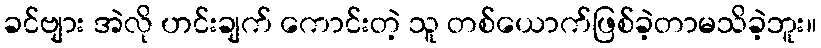
ခင်ဗျား အဲလို ဟင်းချက် ကောင်းတဲ့ သူ တစ်ယောက်ဖြစ်ခဲ့တာမသိခဲ့ဘူး။